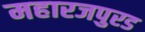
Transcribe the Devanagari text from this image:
महारजपुरड